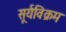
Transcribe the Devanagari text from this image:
सूर्यविक्रम